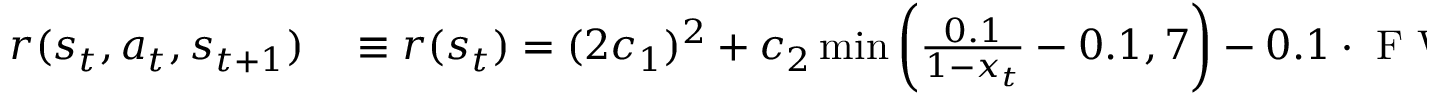
\begin{array} { r l } { r ( s _ { t } , a _ { t } , s _ { t + 1 } ) } & { { } \equiv r ( s _ { t } ) = ( 2 c _ { 1 } ) ^ { 2 } + c _ { 2 } \operatorname* { m i n } \bigg ( \frac { 0 . 1 } { 1 - x _ { t } } - 0 . 1 , 7 \bigg ) - 0 . 1 \cdot \mathrm { ~ F ~ W ~ H ~ M ~ } _ { t } , } \end{array}